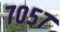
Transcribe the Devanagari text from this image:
७०५७